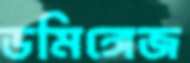
ডমিঙ্গেজ